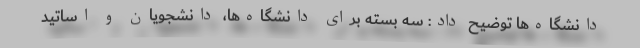
دانشگاه‌ها توضیح داد: سه بسته برای دانشگاه‌ها، دانشجویان و اساتید